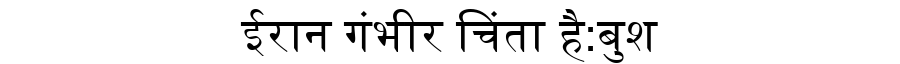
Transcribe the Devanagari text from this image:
ईरान गंभीर चिंता है:बुश